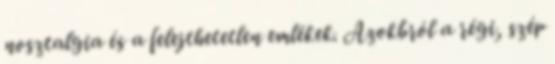
nosztalgia és a felejthetetlen emlékek. Azokbról a régi, szép